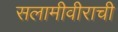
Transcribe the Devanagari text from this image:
सलामीवीराची